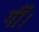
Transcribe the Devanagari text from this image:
गीं।